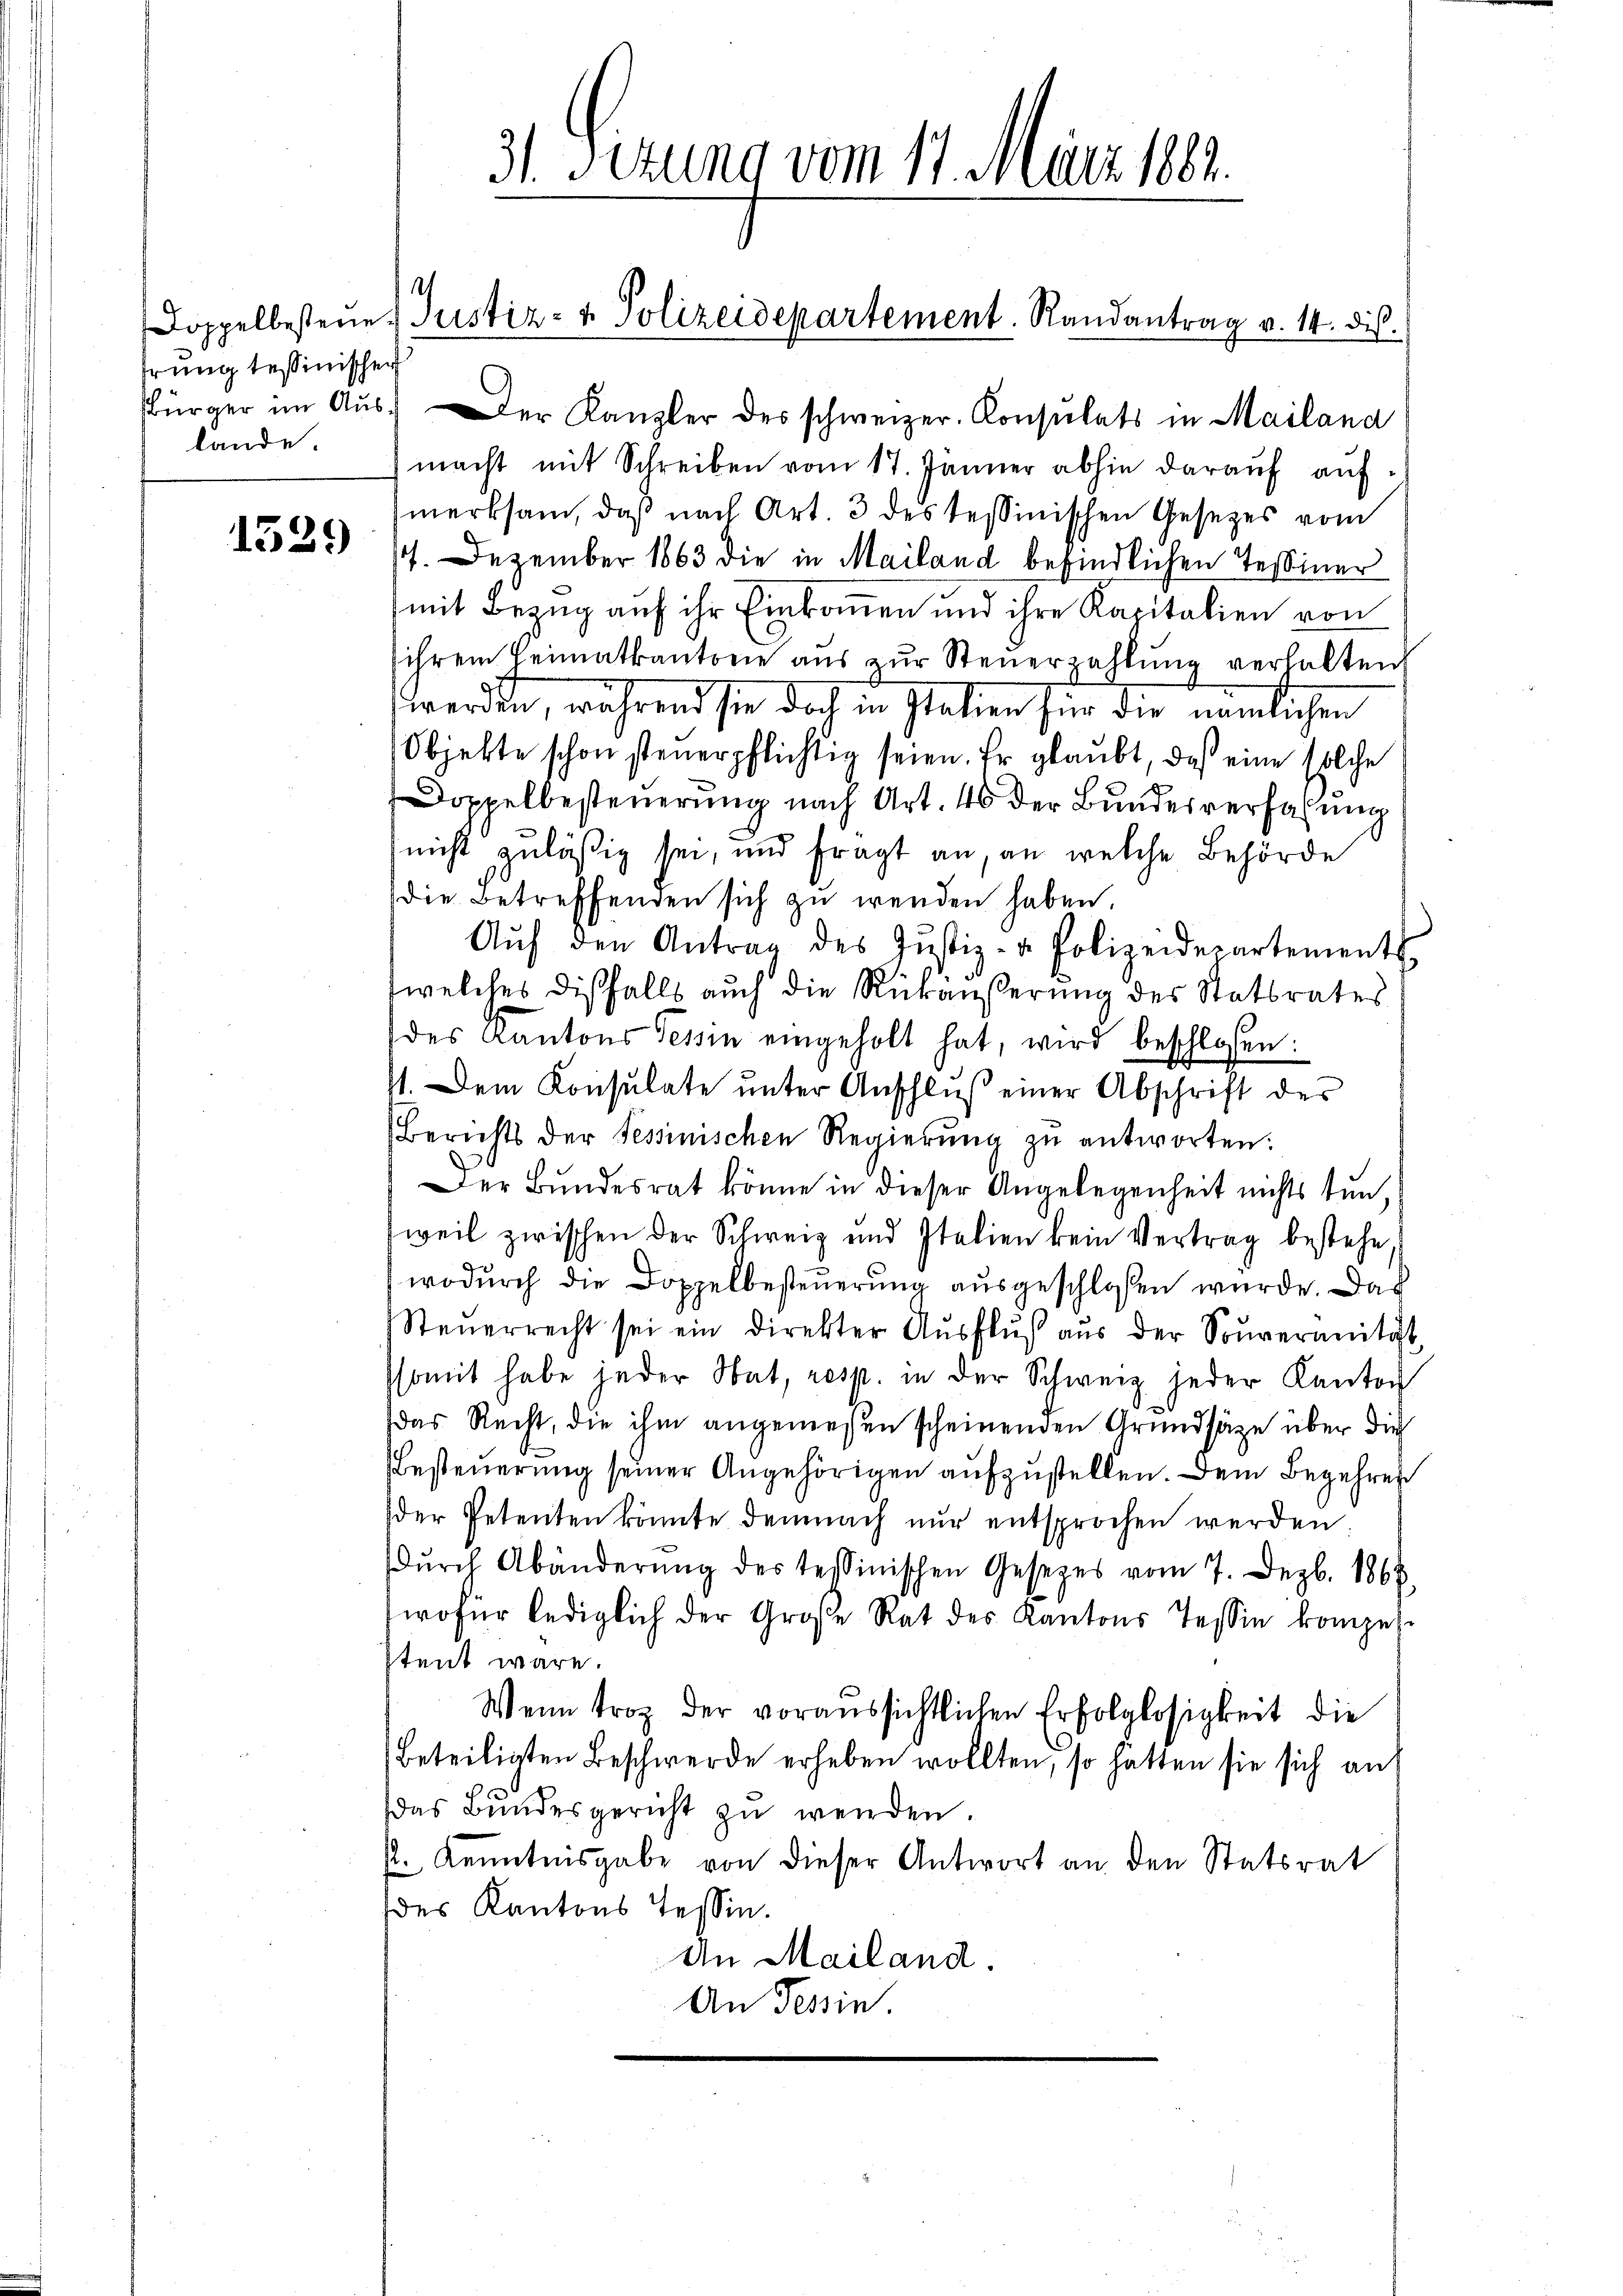
Doppelbesteue
hrung tessinischen
lande.

1339)

sbürger im Aŭser Kanzler des schweizer. Consulats in Mailand
) macht mit Schreiben vom 17. Jänner abhin darauf aufmerksam, daß nach Art. 3 des tessinischen Gesetzes vom
17. Dezember 1863 die in Mailand befindlichen Tessiner
mit Bezug auf ihr Einkommen und ihre Kapitalien von
ihrem Heimatkantone aŭs zŭr Steŭerzahlŭng verhalten
werden, während sie doch in Italien für die nämlichen
Objekte schon steuerpflichtig seien. Er glaubt, daß eine solche
Doppelbesteuerung nach Art. 46 der Bundesverfaßung
nicht zuläßig sei, und fragt an, an welche Behörde
die Betreffenden sich zu wenden haben.
Aŭf den Antrag des Jŭstiz- & Polizeidepartements.
welches disfalls auch die Rückäußerung des Statsrates
des Kantons Tessin eingeholt hat, wird beschlossen:
1. Dem Konsulate ŭnter Anschlŭβ einer Abschrift der
Berichts der Tessinischen Regierŭng zu antworten:
Der Bundesrat könne in dieser Angelegenheit nichts tun,
weil zwischen der Schweiz und Italien kein Vertrag bestehe,
wodurch die Doppelbesteuerung ausgeschloßen wurde. Das
Steŭerrecht sei ein direkter Aŭsflŭβ aŭs der Souveranität
ssomit habe jeder Stat, resp. in der Schweiz jeder Kanton
das Recht, die ihm angemeßen scheinenden Grundsätze über die
Besteuerung seiner Angehörigen aufzustellen. Dem Begehren
der Petenten könnte demnach nur entsprochen werden.
dŭrch Abänderŭng des tessinischen Gesetzes vom 7. Dezb. 1868.
wofür lediglich der Große Rat des Kantons Tessin kompes.
stent wäre.
Wenn trotz der voraussichtlichen Erfolglosigkeit die
Beteiligten Beschwerde erheben wollten, so hätten sie sich an
das Bundesgericht zu werden.
p. Kenntnisgabe von dieser Antwort an den Statsrat
des Kantons Tessin.
An Mailand.
An Tessin.

31. Sezung vom 11. März 182.

Justiz- & Polizeidepartement. Randantrag v. 14. dis